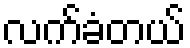
လက်ခံတယ်